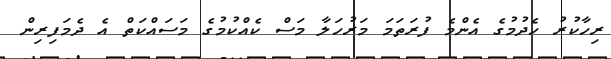
ރިހާކުރު ހެދުމުގެ އެންމެ ފުރަތަމަ މަރުހަލާ މަސް ކެއްކުމުގެ މަސައްކަތް އެ ދެމަފިރިން